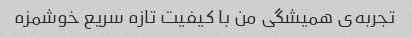
تجربه‌ی همیشگی من با کیفیت تازه سریع خوشمزه